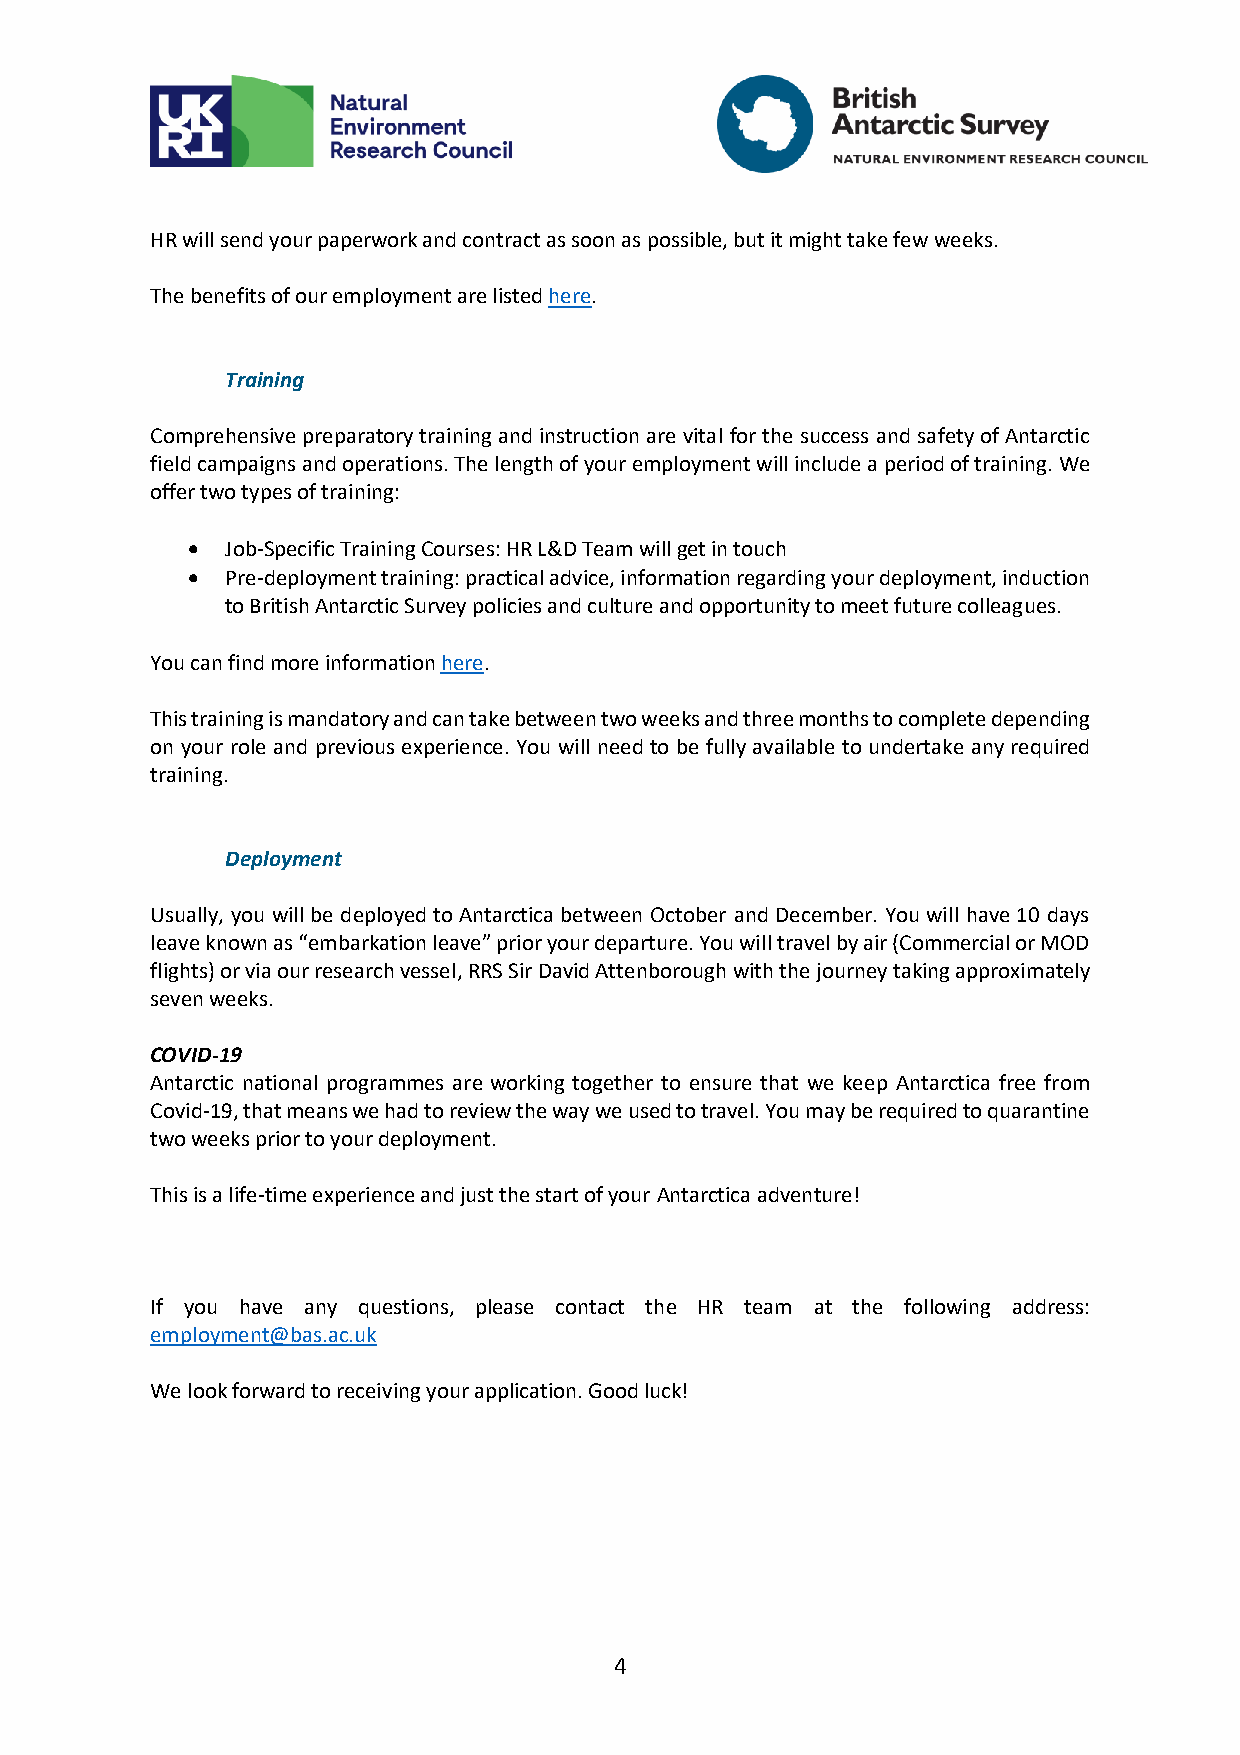
HR will send your paperwork and contract as soon as possible, but it might take few weeks.
 The benefits of our employment are listed here.
 Training
 Comprehensive preparatory training and instruction are vital for the success and safety of Antarctic
 field campaigns and operations. The length of your employment will include a period of training. We
 offer two types of training:
 •  Job-Specific Training Courses: HR L&D Team will get in touch
 •  Pre-deployment training: practical advice, information regarding your deployment, induction
 to British Antarctic Survey policies and culture and opportunity to meet future colleagues.
 You can find more information here.
 This training is mandatory and can take between two weeks and three months to complete depending
 on your role and previous experience. You will need to be fully available to undertake any required
 training.
 Deployment
 Usually, you will be deployed to Antarctica between October and December. You will have 10 days
 leave known as “embarkation leave” prior your departure. You will travel by air (Commercial or MOD
 flights) or via our research vessel, RRS Sir David Attenborough with the journey taking approximately
 seven weeks.
 COVID-19
 Antarctic national programmes are working together to ensure that we keep Antarctica free from
 Covid-19, that means we had to review the way we used to travel. You may be required to quarantine
 two weeks prior to your deployment.
 This is a life-time experience and just the start of your Antarctica adventure!
 If you have any questions, please contact the HR team at the following address:
 employment@bas.ac.uk
 We look forward to receiving your application. Good luck!
 4